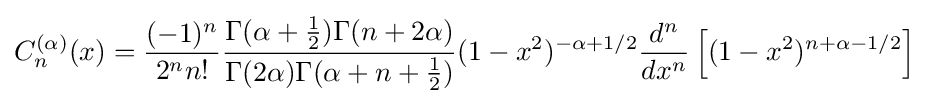
C_{n}^{(\alpha )}(x)={\frac {(-1)^{n}}{2^{n}n!}}{\frac {\Gamma (\alpha +{\frac {1}{2}})\Gamma (n+2\alpha )}{\Gamma (2\alpha )\Gamma (\alpha +n+{\frac {1}{2}})}}(1-x^{2})^{-\alpha +1/2}{\frac {d^{n}}{dx^{n}}}\left[(1-x^{2})^{n+\alpha -1/2}\right]